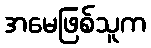
အမေဖြစ်သူက